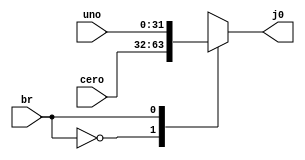
`timescale 1ns / 1ps
//////////////////////////////////////////////////////////////////////////////////
// Company: 
// Engineer: 
// 
// Design Name: 
// Module Name:    MUXBranch 
// Project Name: 
// Target Devices: 
// Tool versions: 
// Description: 
//
// Dependencies: 
//
// Revision: 
// Revision 0.01 - File Created
// Additional Comments: 
//
//////////////////////////////////////////////////////////////////////////////////
module MUXBranch(
	// MUX 2:1 FOR JUMP SOURCE IN 0
    input [31:0]uno, // PC+4 
    input [31:0]cero, // PC+Imm 
	 input br, //FROM OR JUMP/BRANCH
    output reg [31:0] j0); //OUTPUT FOR PC_NEXT
	// CASE FOR MUX, 1->uno, 0->cero
   always @ (uno or cero or br) begin  
      case (br)  
         1'b0 : j0 <= cero;  
         1'b1 : j0 <= uno;   
      endcase  
   end 
endmodule